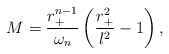
\begin{align*}M =\frac{r_+^{n-1}}{\omega_n}\left (\frac{r_+^2}{l^2}-1\right ),\end{align*}